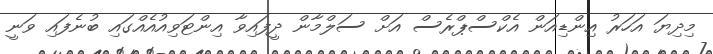
މިދިޔަ އަހަރު އިންޑިއަން އެކްސްޕްރެސް އަށް ސަލްމާން ދީފައިވާ އިންޓަވިއުއެއްގައި ބުނެފައި ވަނީ